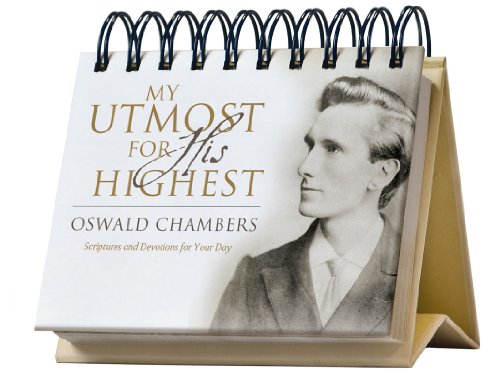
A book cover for My Utmost for His Highest Perpetual Calendar; Oswald Chambers; Calendars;